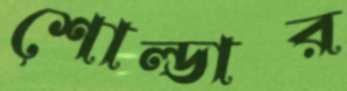
শোল্ডার